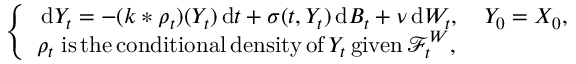
\begin{array} { r } { \left\{ \begin{array} { l l } { \, \mathrm { d } Y _ { t } = - ( k * \rho _ { t } ) ( Y _ { t } ) \, \mathrm { d } t + \sigma ( t , Y _ { t } ) \, \mathrm { d } B _ { t } + \nu \, \mathrm { d } W _ { t } , \quad Y _ { 0 } = X _ { 0 } , } \\ { \rho _ { t } \; \mathrm { i s \, t h e \, c o n d i t i o n a l \, d e n s i t y \, o f } \, Y _ { t } \, \mathrm { g i v e n } \, \mathcal { F } _ { t } ^ { W } , } \end{array} \right. } \end{array}